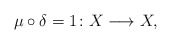
\begin{align*} \mu \circ \delta = 1\colon X \longrightarrow X,\end{align*}